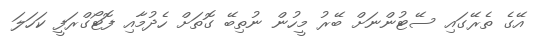
އޭގެ ތެރޭގައި ސޭޓުންނަށް ބޭރު މީހުން ނުތިބޭ ގޮތަށް ހެދުމާއި ފޮޓޯގްރަފީ ކަހަލަ